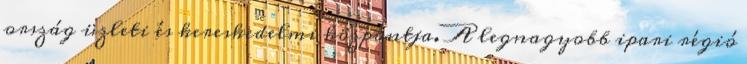
ország üzleti és kereskedelmi központja. A legnagyobb ipari régió